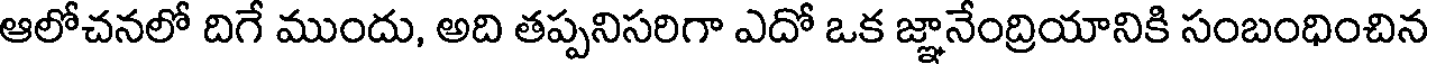
ఆలోచనలో దిగే ముందు, అది తప్పనిసరిగా ఎదో ఒక జ్ఞానేంద్రియానికి సంబంధించిన